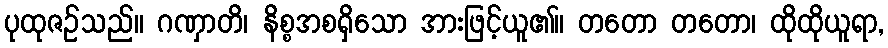
ပုထုဇဉ်သည်။ ဂဏှာတိ၊ နိစ္စအစရှိသော အားဖြင့်ယူ၏။ တတော တတော၊ ထိုထိုယူရာ,